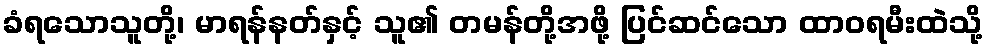
ခံရသောသူတို့၊ မာရန်နတ်နှင့် သူ၏ တမန်တို့အဖို့ ပြင်ဆင်သော ထာဝရမီးထဲသို့